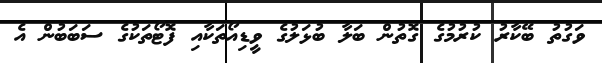
ވަގުތު ބޭކާރު ކުރުމުގެ ގޮތުން ބަލާ ބުޅަލުގެ ވީޑިއޯތަކާއި ފޮޓޯތަކުގެ ސަބަބުން އެ